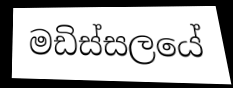
මඩිස්සලයේ